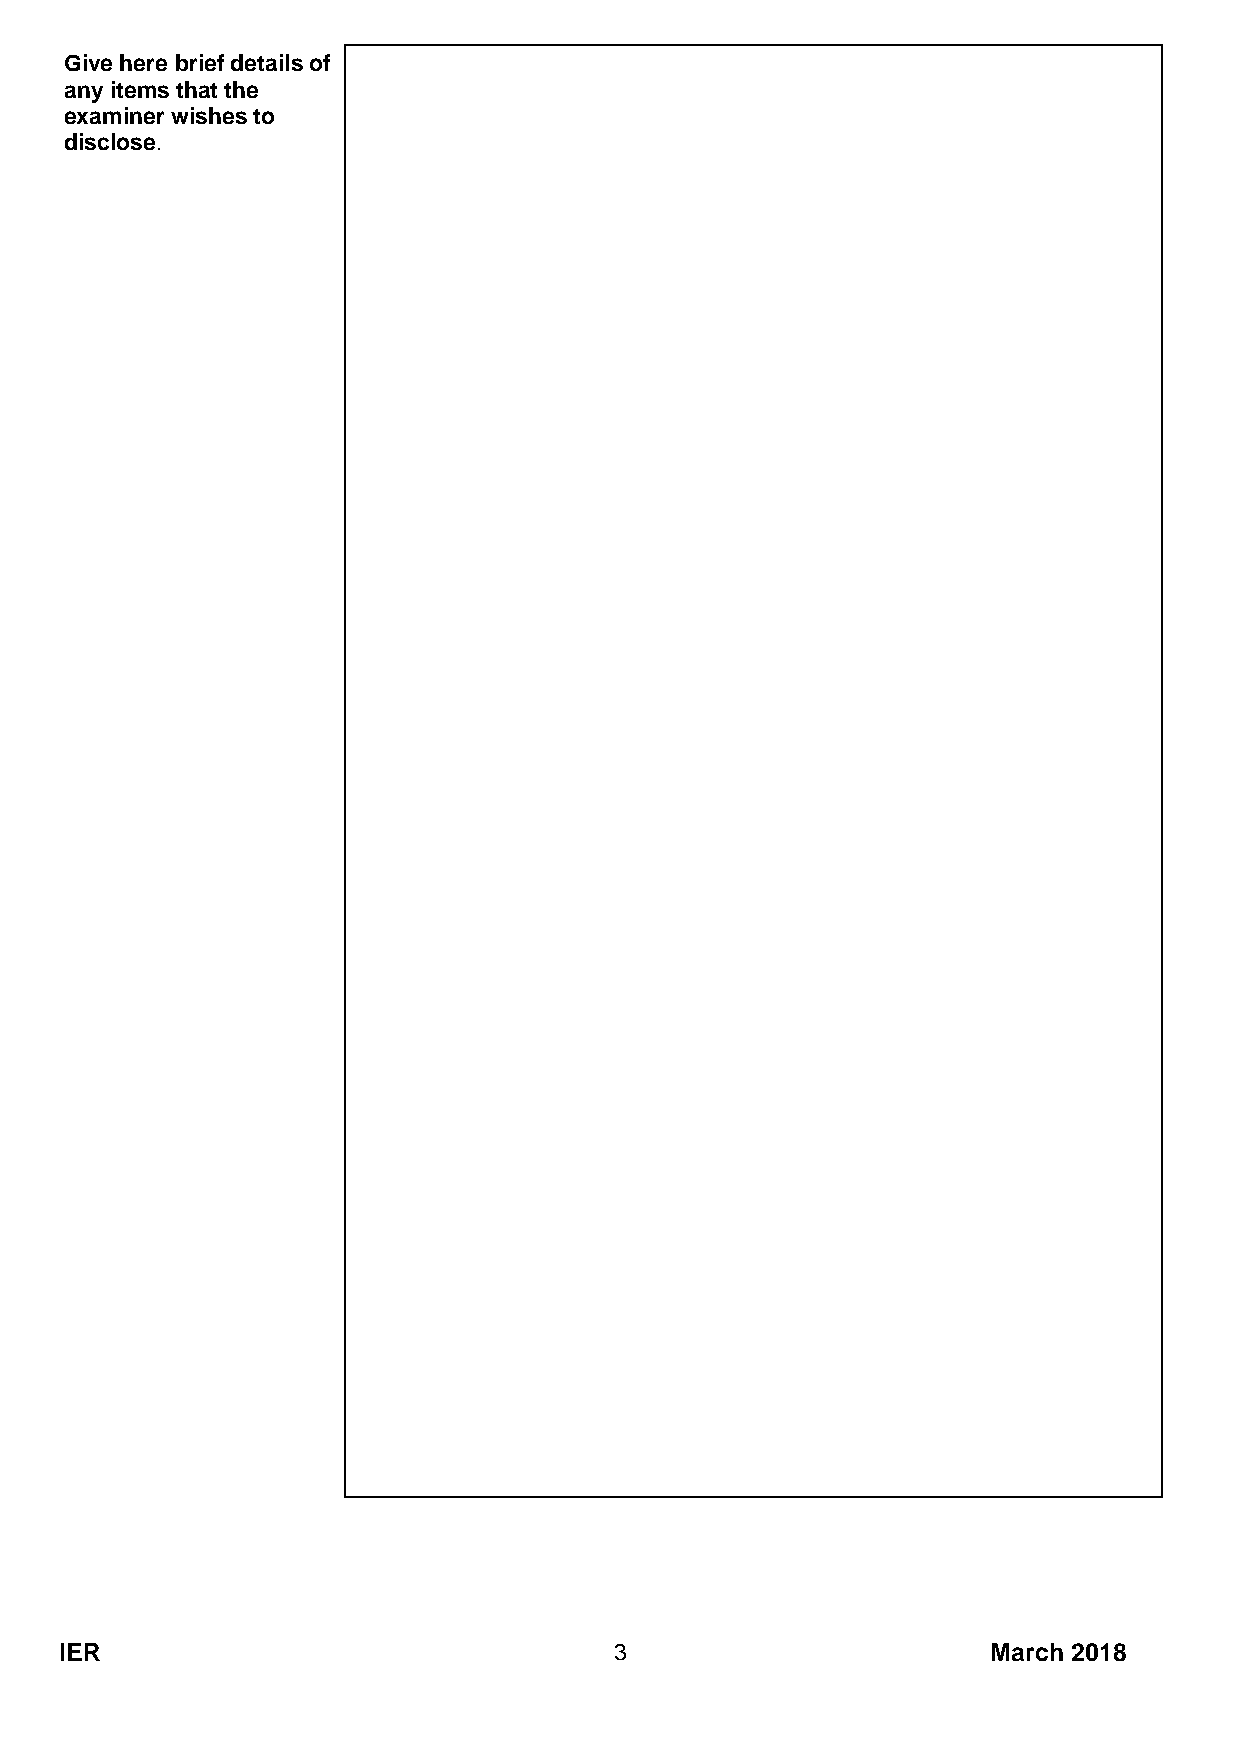
Give here brief details of
 any items that the
 examiner wishes to
 disclose.
 IER                                  3                        March 2018